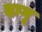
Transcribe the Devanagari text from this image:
दागू